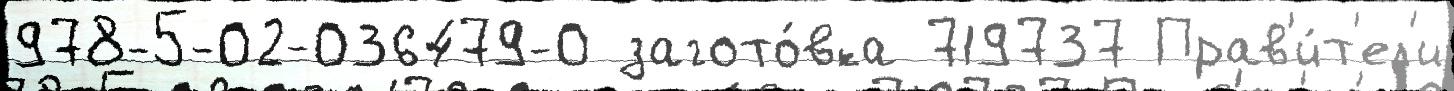
978-5-02-036479-0 загото́вка 719737 Прав'и́т'ел'и